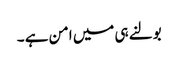
بولنے ہی میں امن ہے ۔